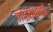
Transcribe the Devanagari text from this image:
जोइताभाई